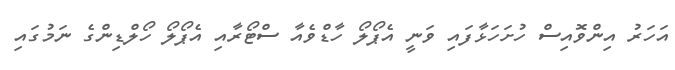
އަހަރު އިންވޮއިސް ހުށަހަޅާފައި ވަނީ އެޕޯލޯ ހާޑްވެއާ ސްޓޯރާއި އެޕޯލޯ ހޯލްޑިންގެ ނަމުގައި